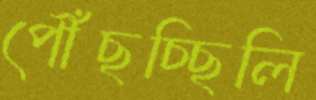
পৌঁছচ্ছিলি